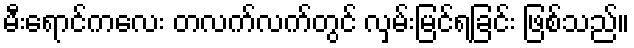
မီးရောင်ကလေး တလက်လက်တွင် လှမ်းမြင်ရခြင်း ဖြစ်သည်။